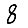
Digit: 8